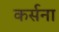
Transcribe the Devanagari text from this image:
कर्सना